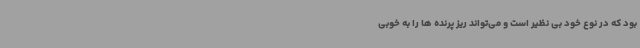
بود که در نوع خود بی نظیر است و می‌تواند ریز پرنده ها را به خوبی